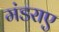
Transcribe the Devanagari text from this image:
मंडराए